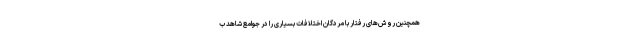
همچنین روش‌های رفتار با مردگان اختلافات بسیاری را در جوامع شاهد ب